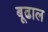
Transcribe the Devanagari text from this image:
बूढाल